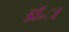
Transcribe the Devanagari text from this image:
डॉ॰ा